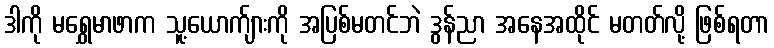
ဒါကို မရွှေမာဖာက သူ့ယောက်ျားကို အပြစ်မတင်ဘဲ ဒွန်ညာ အနေအထိုင် မတတ်လို့ ဖြစ်ရတာ